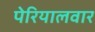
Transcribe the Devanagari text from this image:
पेरियालवार